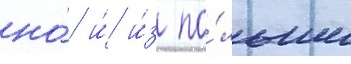
но́ и́ и́з по́льши